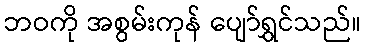
ဘဝကို အစွမ်းကုန် ပျော်ရွှင်သည်။